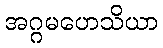
အဂ္ဂမဟေသိယာ